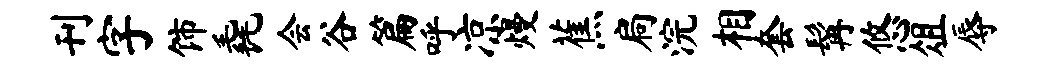
刊字饰毳会谷篇呼凉熳蕉扃浣相套髯悠俎辱